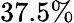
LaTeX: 37.5\%